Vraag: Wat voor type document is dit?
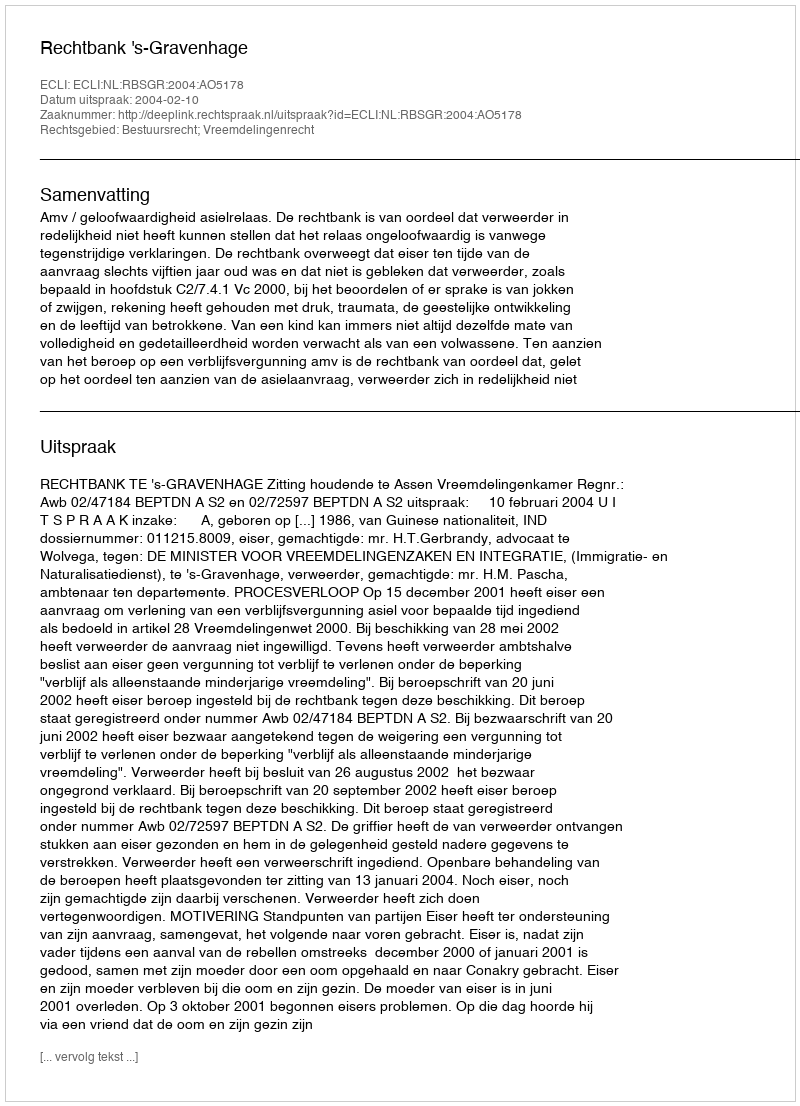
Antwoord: Uitspraak